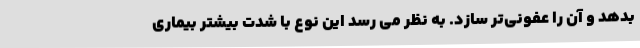
بدهد و آن را عفونی‌تر سازد. به نظر می رسد این نوع با شدت بیشتر بیماری